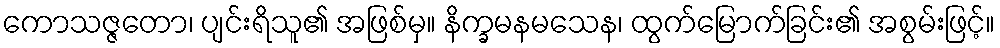
ကောသဇ္ဇတော၊ ပျင်းရိသူ၏ အဖြစ်မှ။ နိက္ခမနမသေန၊ ထွက်မြောက်ခြင်း၏ အစွမ်းဖြင့်။